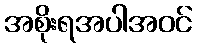
အစိုးရအပါအဝင်